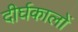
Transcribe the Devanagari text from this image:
दीर्घकालों